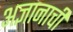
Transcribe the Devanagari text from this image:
अज्ञानाची